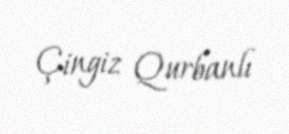
Çingiz Qurbanlı